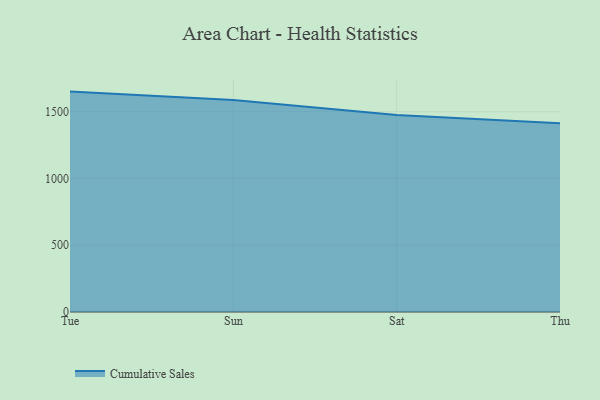
{"axis": {"x": "Day", "y": "Bounce Rate (%)"}, "legend": ["Cumulative Sales"], "data": [{"x": "Tue", "y": 1651.4, "type": "Cumulative Sales"}, {"x": "Sun", "y": 1587.7, "type": "Cumulative Sales"}, {"x": "Sat", "y": 1476.4, "type": "Cumulative Sales"}, {"x": "Thu", "y": 1414.0, "type": "Cumulative Sales"}]}